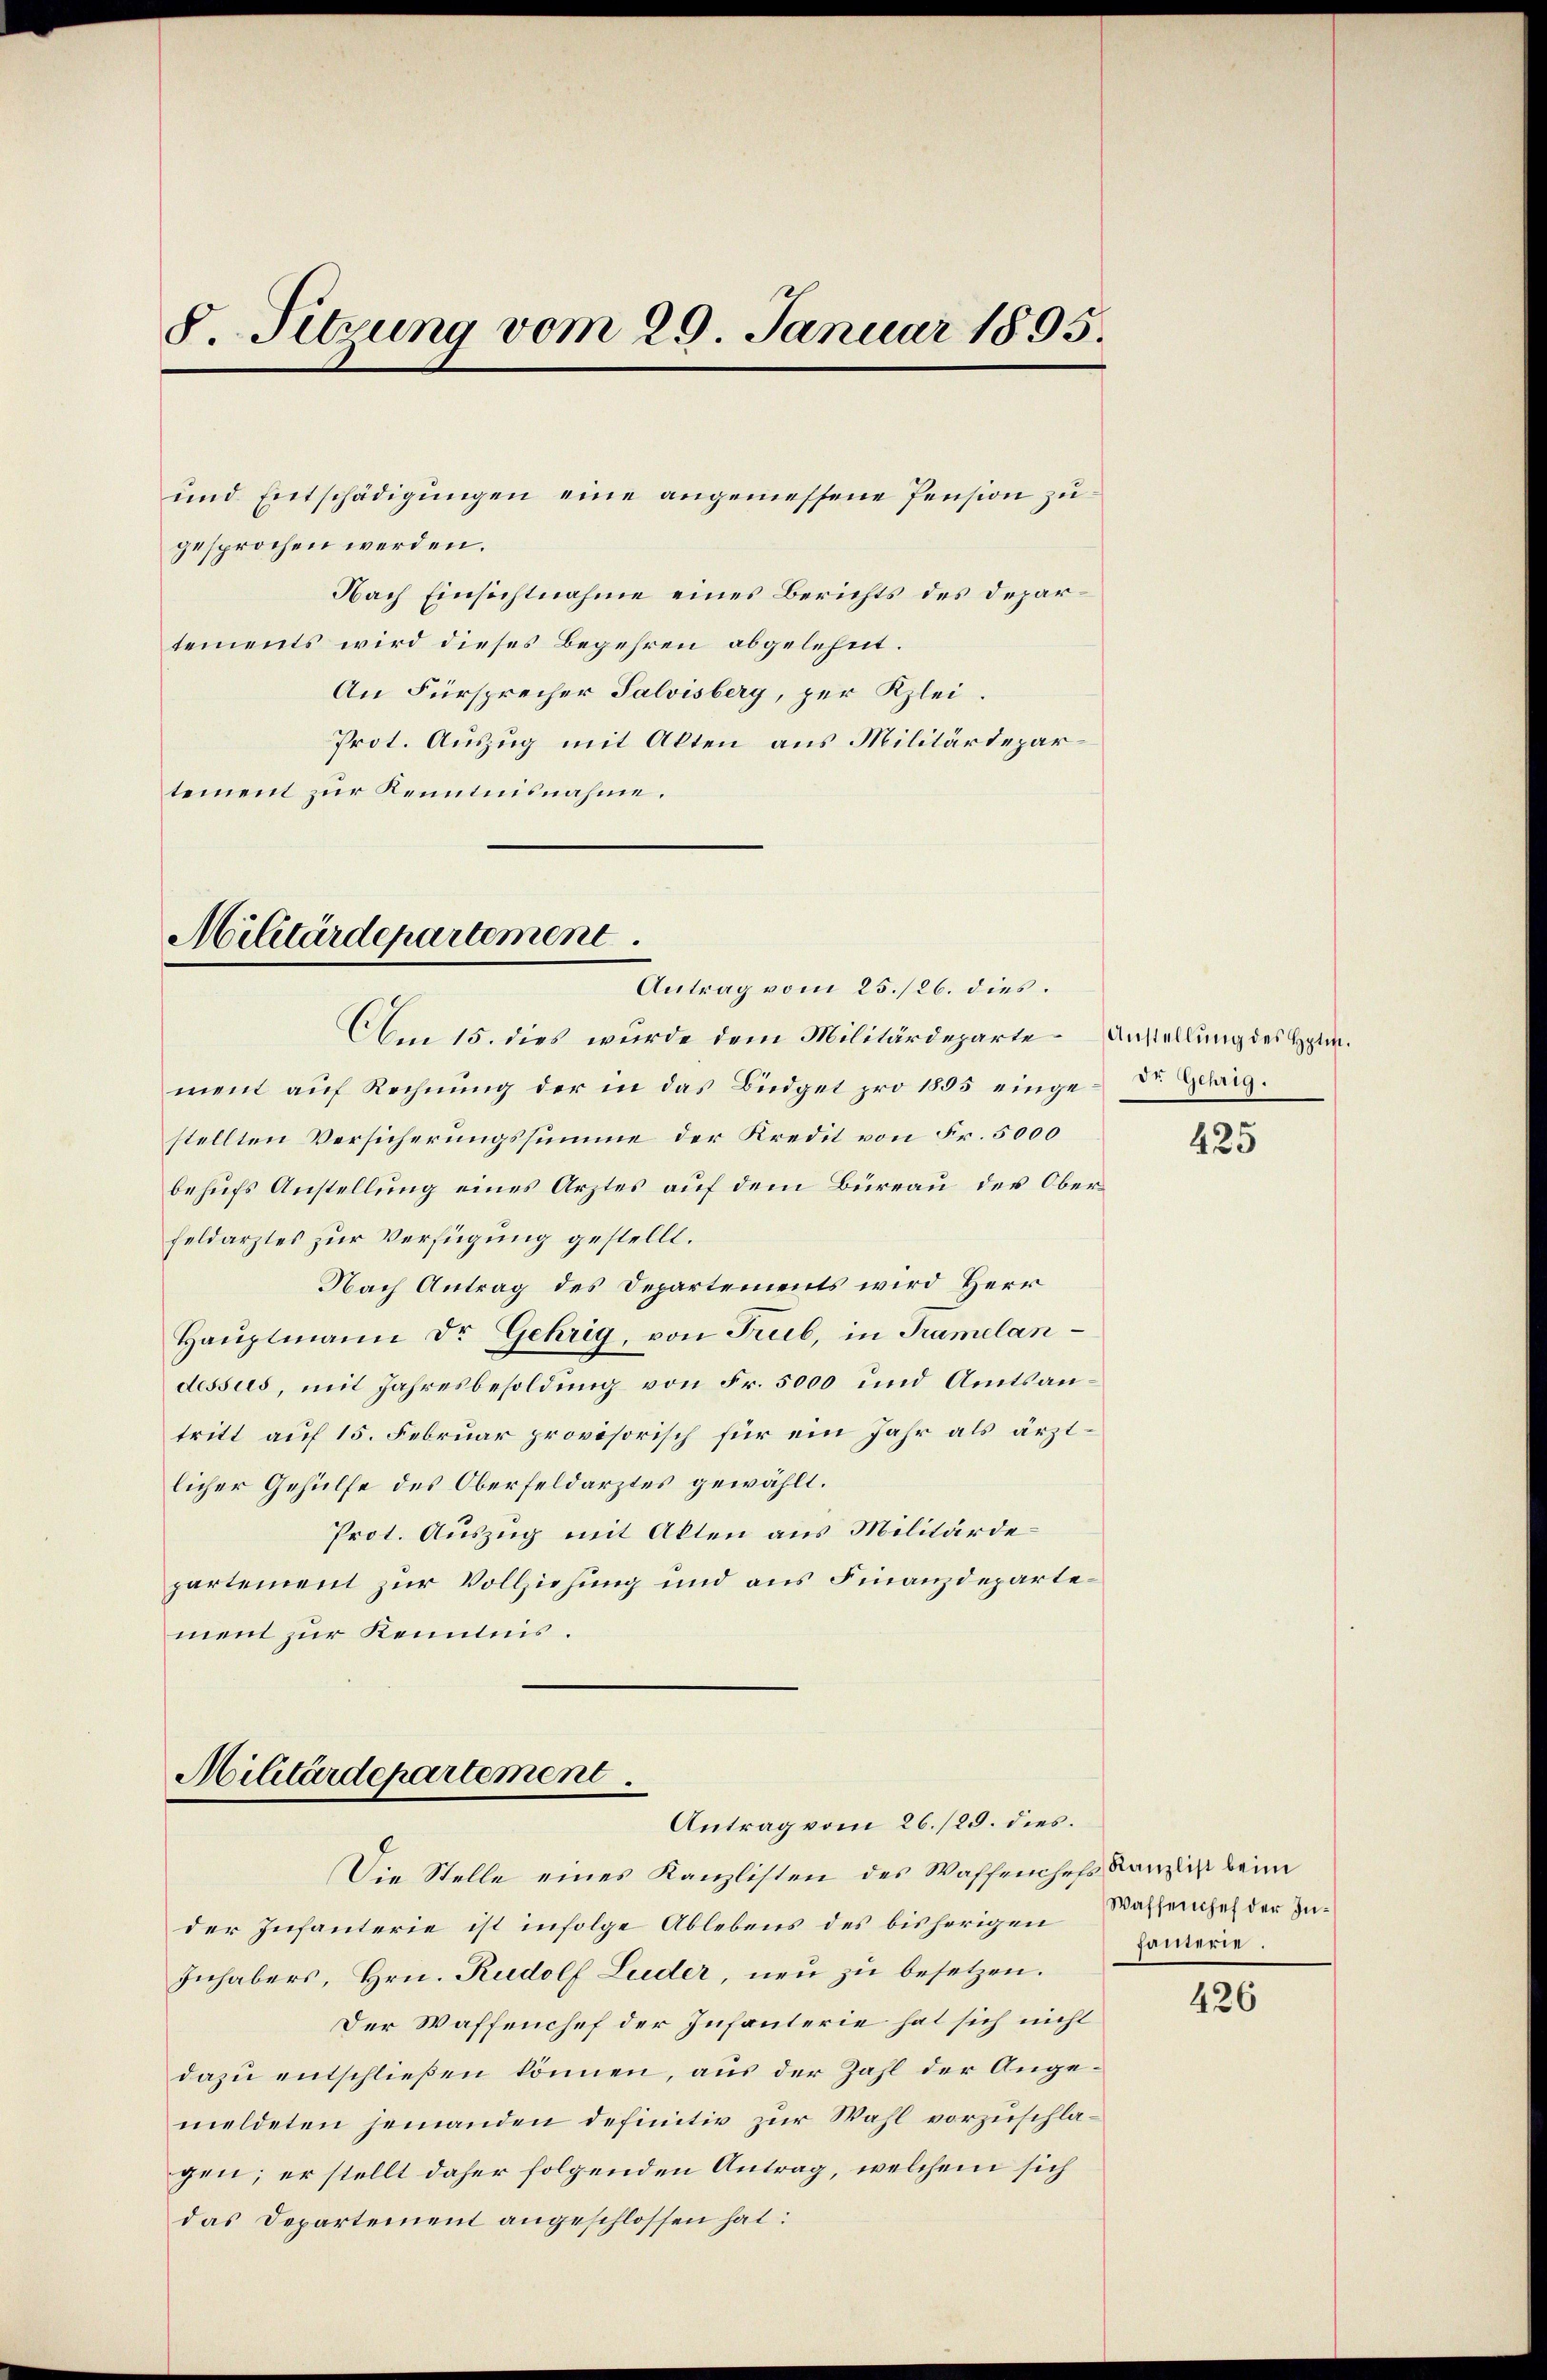
8. Sitzung vom 20. Januar 1895.

und Entschädigŭngen eine angemessene Pension zugesprochen werden.
tements wird dieses Begehren abgelehnt.
An Fürsprecher Salvisberg, per Klei¬
Prot. Auszug mit Akten aus Militärdepartement zur Kenntnisnahme.

Militärdepartement

Nach Einsichtnahme eines Berichts des Depar¬

Antrag vom 25./26. dies.
Am 15. dies wurde dem Militärdeparte Anstellung des Heinment auf Rechnung der in das Büdget pro 1805 einge-Dr. Gehrig.
stellten Versicherungssumme der Kredit von Fr. 5000
behufs Anstellung eines Arztes auf dem Büreau der Oberfeldarztes zur Verfügung gestellt.
Nach Antrag des Departements wird Herr
Haŭptmann Dr. Gehrig, von Trüb, in Tramelandessus, mit Jahresbesoldŭng von Fr. 5000 und Amtsantritt auf 15. Februar provisorisch für ein Jahr als ärztlicher Gehülfe des Oberfeldarztes gewählt.
Prot. Auszug mit Akten aus Militärde
partement zur Vollziehung und aus Finanzdepartement zur Kenntnis.

Militärdepartement.
Antrag vom 26./20. dies

Die Stelle eines Kanzlisten des Waffenchefs Kanzlis beim
der Infanterie ist infolge Ablebens des bisherigen Wassenschef der In¬
Inhabers, Hrn. Rudolf Luder, neu zu besetzen.
Der Waffenchef der Infanterie hat sich nicht
dazu entschließen können, aus der Zahl der Angemeldeten jemanden definitiv zur Wahl vorzuschlagen; er stellt daher folgenden Antrag, welchem sich
das Departement angeschlossen hat:

425

samerie.

426